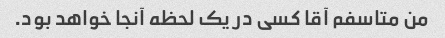
من متاسفم آقا کسی در یک لحظه آنجا خواهد بود.